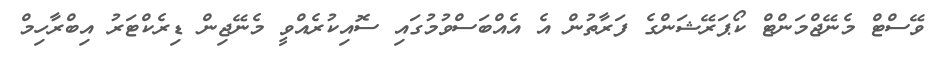
ވޭސްޓް މެނޭޖްމަންޓް ކޯޕަރޭޝަންގެ ފަރާތުން އެ އެއްބަސްވުމުގައި ސޮއިކުރެއްވީ މެނޭޖިން ޑިރެކްޓަރު އިބްރާހިމް